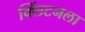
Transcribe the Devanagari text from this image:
क्लिंटनला